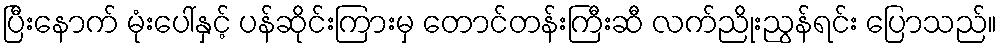
ပြီးနောက် မုံးပေါ်နှင့် ပန်ဆိုင်းကြားမှ တောင်တန်းကြီးဆီ လက်ညိုးညွန်ရင်း ပြောသည်။